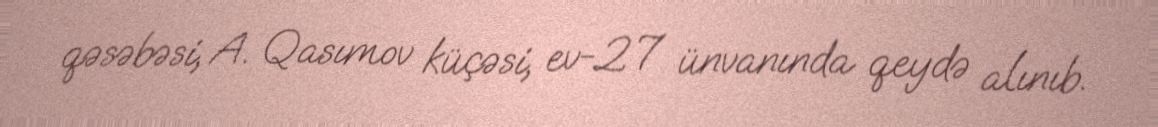
qəsəbəsi, A. Qasımov küçəsi, ev-27 ünvanında qeydə alınıb.